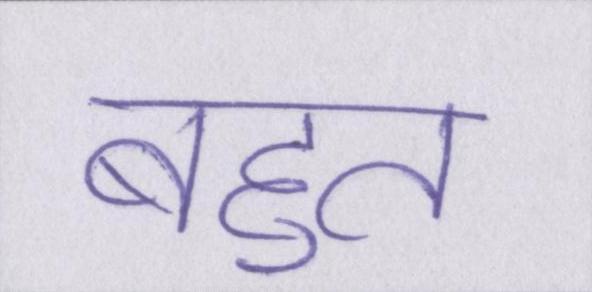
बहुत